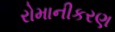
રોમાનીકરણ